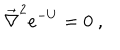
{ \overrightarrow { \nabla } } ^ { 2 } e ^ { - U } = 0 \ ,